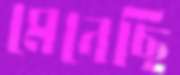
মেনেছি